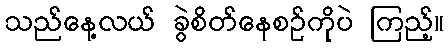
သည်နေ့လယ် ခွဲစိတ်နေစဉ်ကိုပဲ ကြည့်။